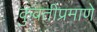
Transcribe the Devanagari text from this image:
कुवतीप्रमाणे